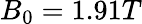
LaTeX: B_{0}=1.91T